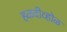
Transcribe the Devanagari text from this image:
हळदीव्होळ